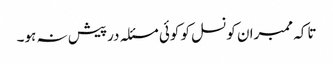
تاکہ ممبران کونسل کو کوئی مسئلہ درپیش نہ ہو۔